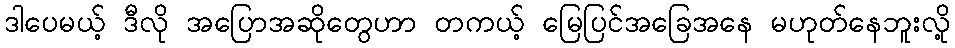
ဒါပေမယ့် ဒီလို အပြောအဆိုတွေဟာ တကယ့် မြေပြင်အခြေအနေ မဟုတ်နေဘူးလို့